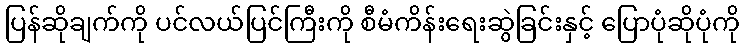
ပြန်ဆိုချက်ကို ပင်လယ်ပြင်ကြီးကို စီမံကိန်းရေးဆွဲခြင်းနှင့် ပြောပုံဆိုပုံကို